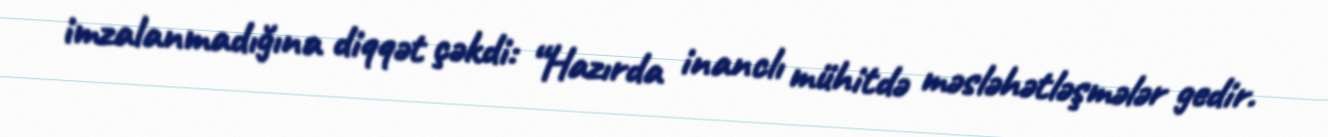
imzalanmadığına diqqət çəkdi: “Hazırda inanclı mühitdə məsləhətləşmələr gedir.